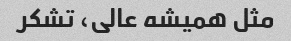
مثل همیشه عالی، تشکر